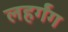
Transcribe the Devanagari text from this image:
लहर्गंग